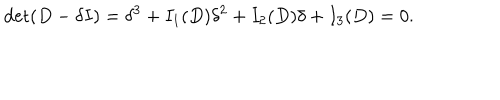
\det ( D - \delta I ) = \delta ^ { 3 } + I _ { 1 } ( D ) \delta ^ { 2 } + I _ { 2 } ( D ) \delta + I _ { 3 } ( D ) = 0 .